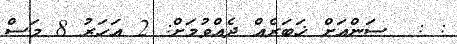
: :  ސަންއަށް ޚަބަރެއް ދެއްވުމަށް: 2 އަހަރު 8 މަސް